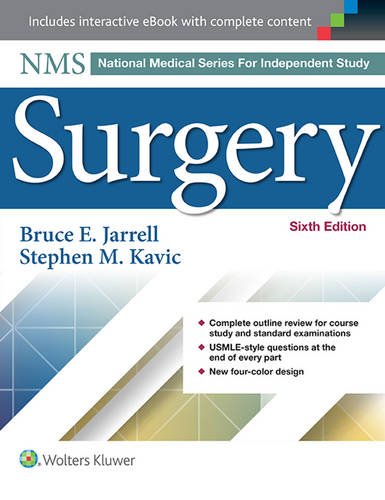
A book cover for NMS Surgery (National Medical Series for Independent Study); Jarrell; Medical Books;